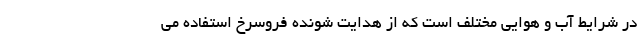
در شرایط آب و هوایی مختلف است که از هدایت شونده فروسرخ استفاده می